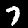
Label: 7